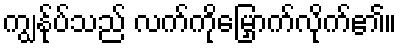
ကျွန်ုပ်သည် လက်ကိုမြှောက်လိုက်၏။